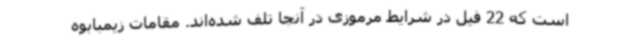
است که 22 فیل در شرایط مرموزی در آنجا تلف شده‌اند. مقامات زیمبابوه